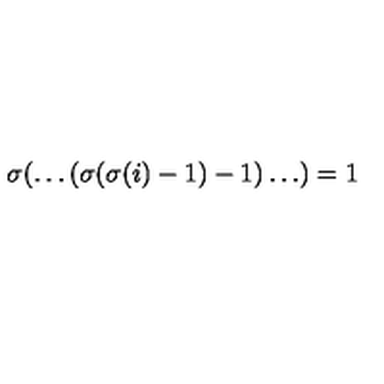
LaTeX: \sigma ( \dots ( \sigma ( \sigma ( i ) - 1 ) - 1 ) \dots ) = 1